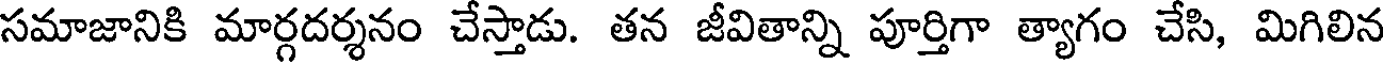
సమాజానికి మార్గదర్శనం చేస్తాడు. తన జీవితాన్ని పూర్తిగా త్యాగం చేసి, మిగిలిన